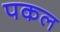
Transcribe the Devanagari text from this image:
पकल